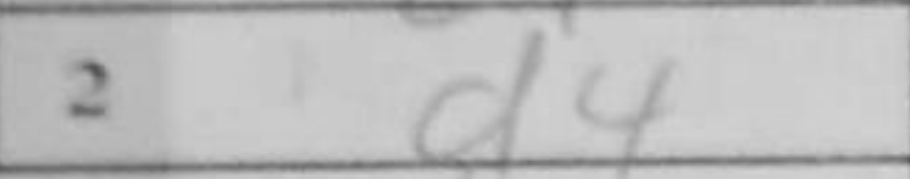
Transcription: d4